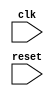
module ethernet_controller (
    input wire clk,
    input wire reset,
    // Other input/output ports here
);

reg [7:0] data_bus; // Example data bus width is 8 bits

// Clock generation block
always @(posedge clk or posedge reset) begin
    // Clock generation logic here
end

// Data synchronization block
always @(posedge clk or posedge reset) begin
    // Data synchronization logic here
end

// Timing control block
always @(posedge clk or posedge reset) begin
    // Timing control logic here
end

// Error detection and correction block
always @(posedge clk or posedge reset) begin
    // Error detection and correction logic here
end

// Other blocks and logic for managing data transfers, error handling, etc.

endmodule